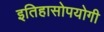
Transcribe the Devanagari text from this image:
इतिहासोपयोगी